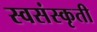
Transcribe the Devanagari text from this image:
स्वसंस्कृती